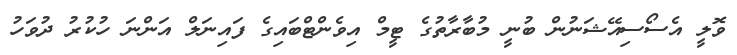
ވޮލީ އެސޯސިއޭޝަނުން ބުނީ މުބާރާތުގެ ޓީމް އިވެންޓްބައިގެ ފައިނަލް އަންނަ ހުކުރު ދުވަހު